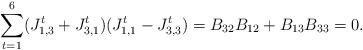
LaTeX: \begin{align*}\sum_{t=1}^6(J_{1,3}^t+J_{3,1}^t)(J_{1,1}^t-J_{3,3}^t)=B_{32}B_{12}+B_{13}B_{33}=0.\end{align*}